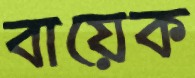
বায়েক